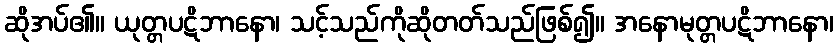
ဆိုအပ်၏။ ယုတ္တပဋိဘာနော၊ သင့်သည်ကိုဆိုတတ်သည်ဖြစ်၍။ အနောမုတ္တပဋိဘာနော၊